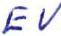
EV